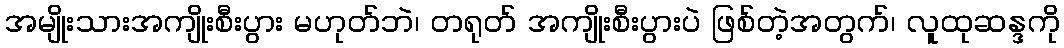
အမျိုးသားအကျိုးစီးပွား မဟုတ်ဘဲ၊ တရုတ် အကျိုးစီးပွားပဲ ဖြစ်တဲ့အတွက်၊ လူထုဆန္ဒကို